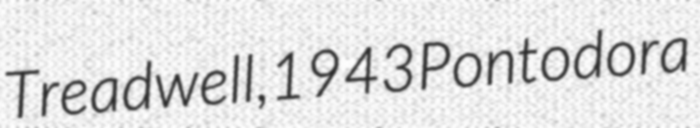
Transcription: Treadwell, 1943 Pontodora